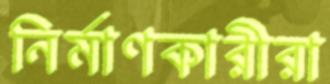
নির্মাণকারীরা